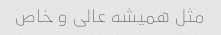
مثل همیشه عالی و خاص